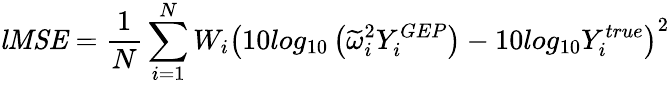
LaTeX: \mathit{lMSE}=\frac{1}{N}\sum_{i=1}^{N}W_{i}\left(10log_{10}\left(\widetilde{\omega}_{i}^{2}Y_{i}^{GEP}\right)-10log_{10}Y_{i}^{true}\right)^{2}